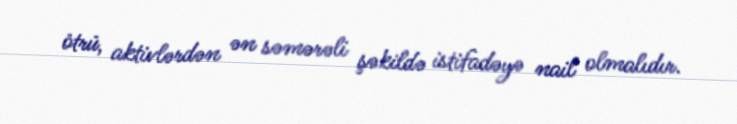
ötrü, aktivlərdən ən səmərəli şəkildə istifadəyə nail olmalıdır.